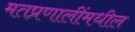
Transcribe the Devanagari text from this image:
मतप्रणालींमधील